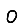
Digit: 0